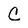
Character: C